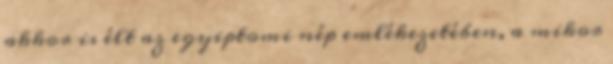
akkor is élt az egyiptomi nép emlékezetében, a mikor